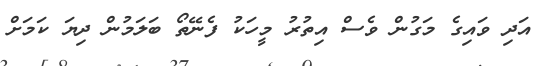
އަދި ވައިގެ މަގުން ވެސް އިތުރު މީހަކު ފެނޭތޯ ބަލަމުން ދިޔަ ކަމަށް